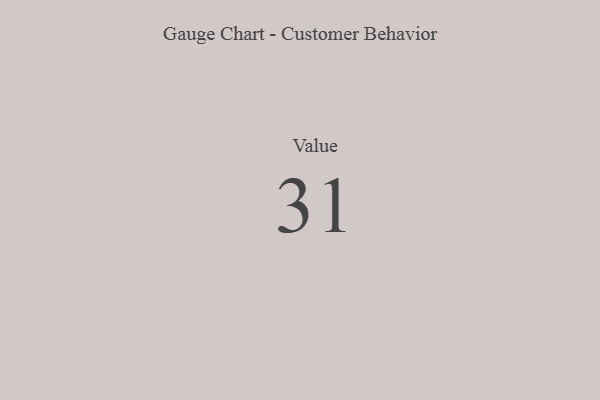
{"axis": {"x": "Metric", "y": "Value"}, "legend": [""], "data": [{"x": "Value", "y": 31, "type": ""}]}